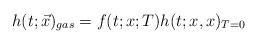
LaTeX: \begin{align*}h(t;\vec x)_{gas} = f(t;x;T)h(t;x,x)_{T=0}\end{align*}